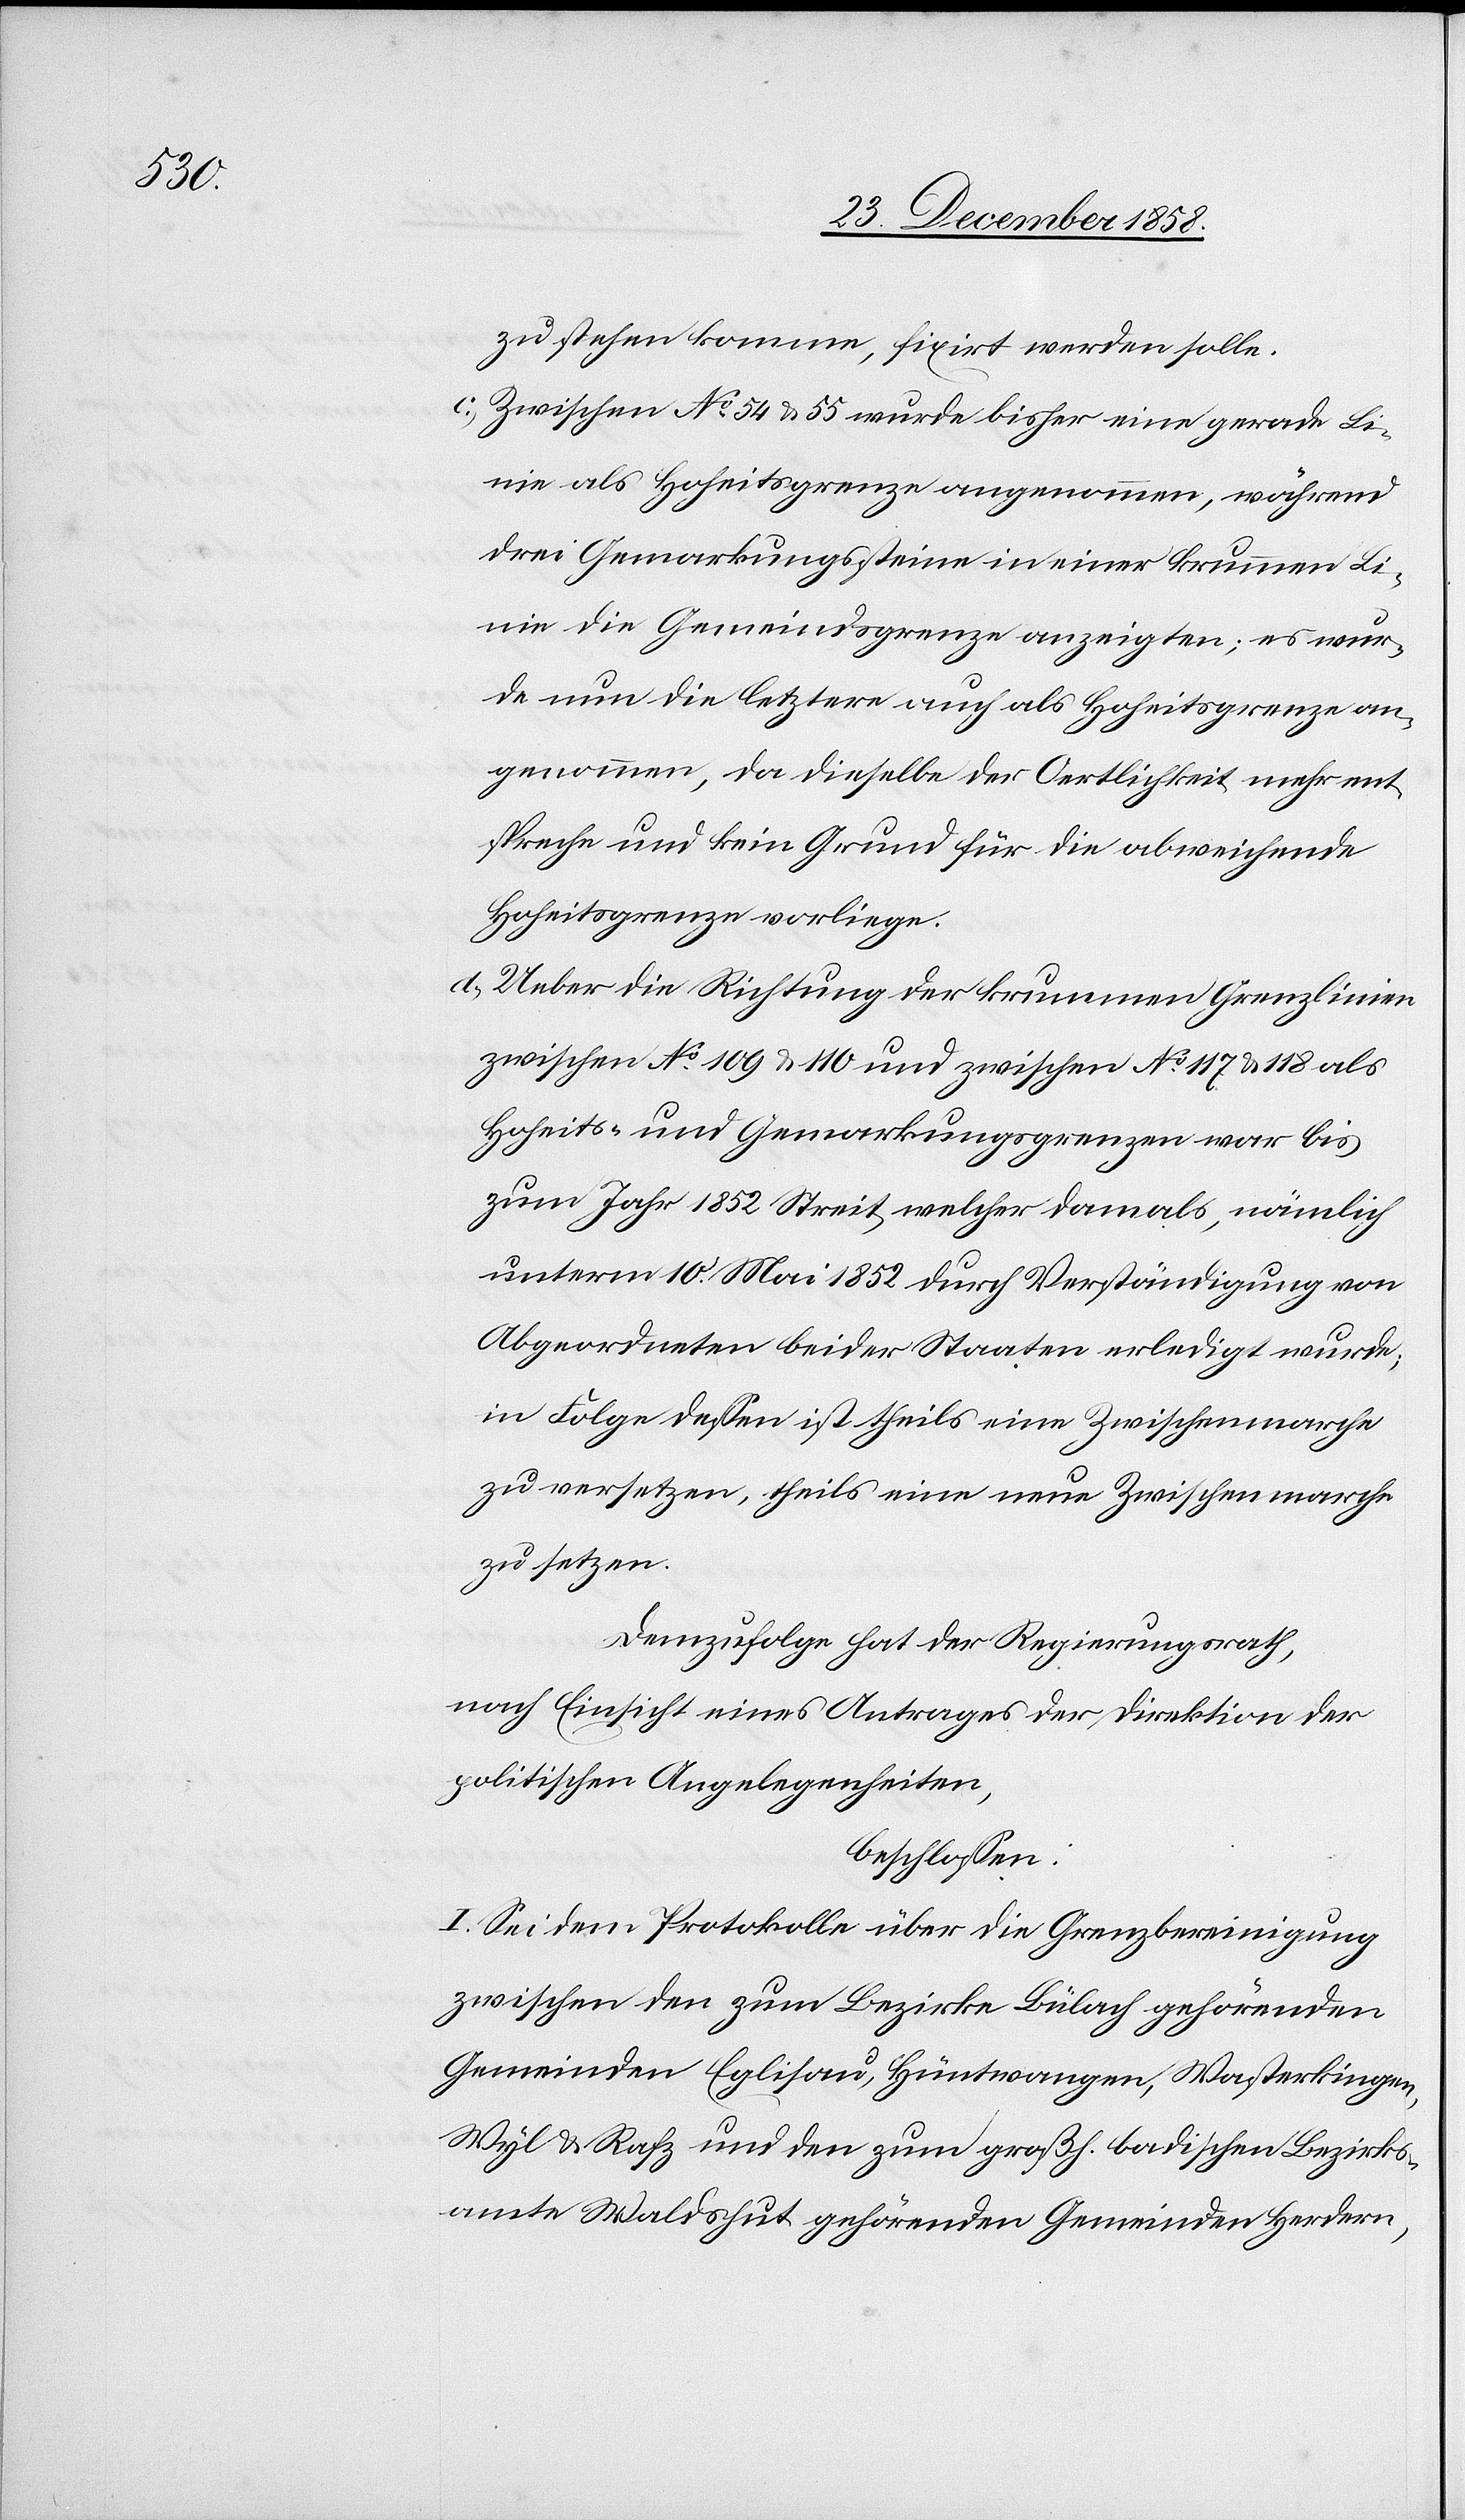
der

nach Einsicht eines Antrages der Direktion der